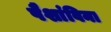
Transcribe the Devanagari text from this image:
पैशांविना